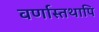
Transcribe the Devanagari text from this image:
वर्णास्तथापि